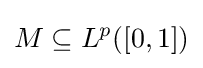
M\subseteq L^{p}([0,1])